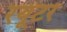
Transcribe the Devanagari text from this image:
रयूटर